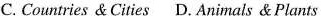
C. Countries & Cities D.Animals & Plants